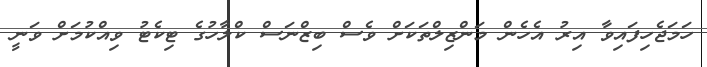
ހަމަޖެހިފައިވާ އިރު އެހެން މަންޒިލްތަކަށް ވެސް ބިޒްނަސް ކްލާހުގެ ޓިކެޓު ވިއްކުމަށް ވަނީ